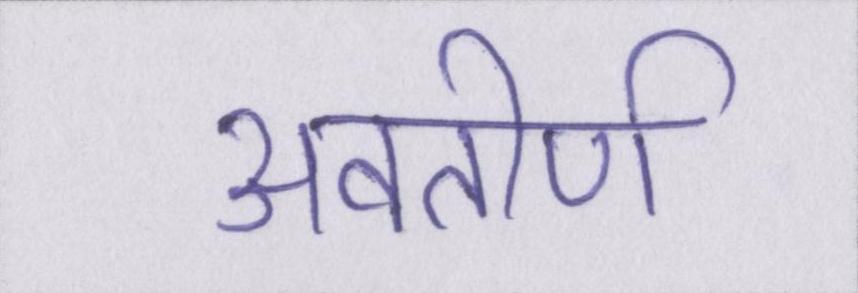
अवतीर्ण